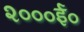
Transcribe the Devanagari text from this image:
२०००ई०